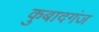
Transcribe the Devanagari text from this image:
कुबादगंज